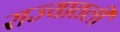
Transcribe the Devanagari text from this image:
राज्यातली